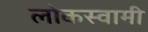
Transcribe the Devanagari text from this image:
लोकस्वामी